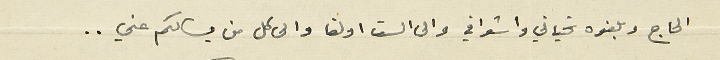
الحاج وبلغوه تحياتي واشواقي والى الست اولغا والى كل من يسالكم عني..